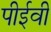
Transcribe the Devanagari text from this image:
पीईवी